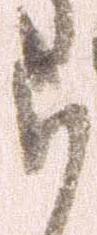
ら